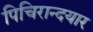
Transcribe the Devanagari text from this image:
पिचिरान्दयार